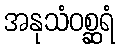
အနုသံဝစ္ဆရံ